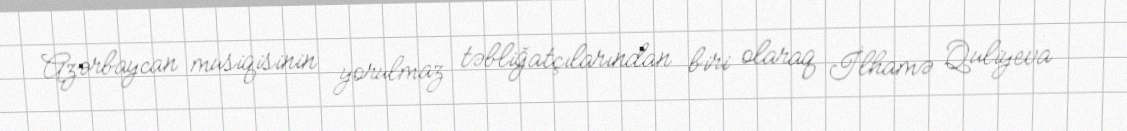
Azərbaycan musiqisinin yorulmaz təbliğatçılarından biri olaraq İlhamə Quliyeva